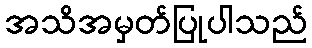
အသိအမှတ်ပြုပါသည်